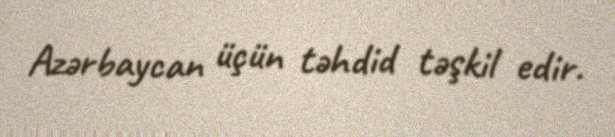
Azərbaycan üçün təhdid təşkil edir.